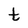
Character: t